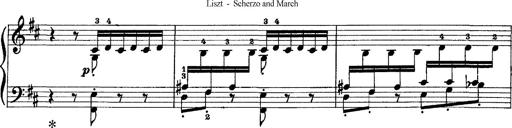
Title: Scherzo und Marsch
Composer: Franz Liszt